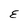
Character: E